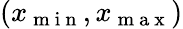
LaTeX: (x_{\mathrm{~m~i~n~}},x_{\mathrm{~m~a~x~}})